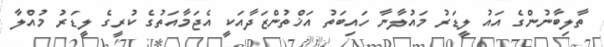
ތާލިބާނުންގެ އައު ލީޑަރު މައުލާނާ ހައިބަތު އަޚްތުންޒަދާއަކީ އެޖަމާއަތުގެ ކުރީގެ ލީޑަރު މުއްލާ